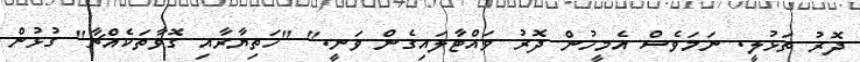
ދޮރު ތަޅުލީ. ނަމަވެސް އެމީހުން ދޮރު ވައްޓާލައިގެން ވަނީ." "ހަތިޔާރާއި ގޮވާތަކެއްޗާ" ގުޅުން